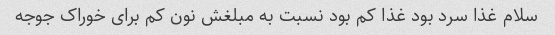
سلام غذا سرد بود غذا کم بود نسبت به مبلغش نون کم برای خوراک جوجه